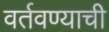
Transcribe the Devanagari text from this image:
वर्तवण्याची